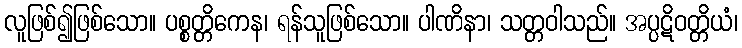
လူဖြစ်၍ဖြစ်သော။ ပစ္စတ္တိကေန၊ ရန်သူဖြစ်သော။ ပါဏိနာ၊ သတ္တဝါသည်။ အပ္ပဋိဝတ္တိယံ၊